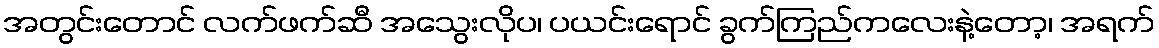
အတွင်းတောင် လက်ဖက်ဆီ အသွေးလိုပ၊ ပယင်းရောင် ခွက်ကြည်ကလေးနဲ့တော့၊ အရက်